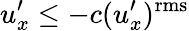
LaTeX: u_{x}^{\prime}\leq-c(u_{x}^{\prime})^{\mathrm{rms}}